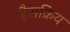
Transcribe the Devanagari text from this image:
हैसक्रिय